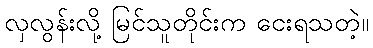
လှလွန်းလို့ မြင်သူတိုင်းက ငေးရသတဲ့။